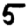
Digit: 5